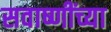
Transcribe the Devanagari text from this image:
सवाष्णींच्या